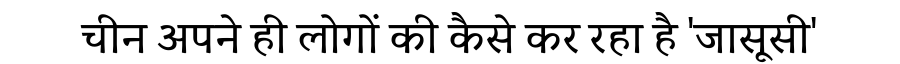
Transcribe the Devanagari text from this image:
चीन अपने ही लोगों की कैसे कर रहा है 'जासूसी'